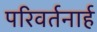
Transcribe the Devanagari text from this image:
परिवर्तनार्ह